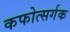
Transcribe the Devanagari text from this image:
कफोत्सर्गक